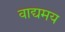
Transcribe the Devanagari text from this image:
वाद्यमय